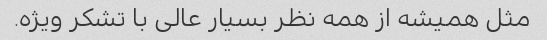
مثل همیشه از همه نظر بسیار عالی با تشکر ویژه.